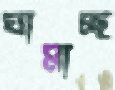
ঘামাচ্ছ